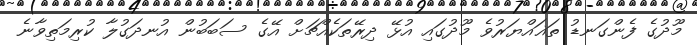
މޫދުގެ ފެންގަނޑު ތަޣައްޔަރުވެ މޫދުގައި އުޅޭ ދިރޭތަކެއްޗަށް އޭގެ ސަބަބުން އުނދަގުލާ ކުރިމަތިވާނެ